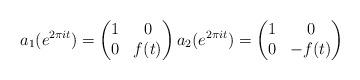
LaTeX: \begin{align*}a_{1}(e^{2\pi it})= \begin{pmatrix} 1 & 0 \\ 0 & f(t) \end{pmatrix} a_{2}(e^{2\pi it})= \begin{pmatrix} 1 & 0 \\ 0 & -f(t) \end{pmatrix}\end{align*}